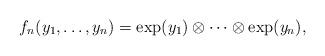
LaTeX: \begin{align*}f_{n}(y_{1},\ldots,y_{n})=\exp(y_{1})\otimes\cdots\otimes\exp({y_{n}}),\end{align*}